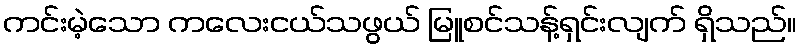
ကင်းမဲ့သော ကလေးငယ်သဖွယ် မြူစင်သန့်ရှင်းလျက် ရှိသည်။